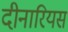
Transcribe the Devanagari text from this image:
दीनारियस